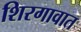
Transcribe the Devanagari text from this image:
शिरगावात